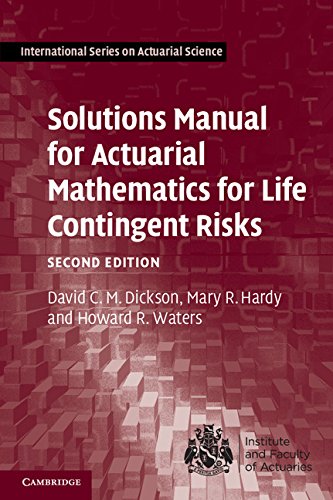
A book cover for Solutions Manual for Actuarial Mathematics for Life Contingent Risks (International Series on Actuarial Science); David C. M. Dickson; Business & Money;